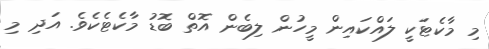
މި މާކެޓަކީ ލައްކައިން މީހުން ލިބެން އޮތް ބޮޑު މާކެޓެކެވެ. އަދި މި